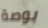
بوصة